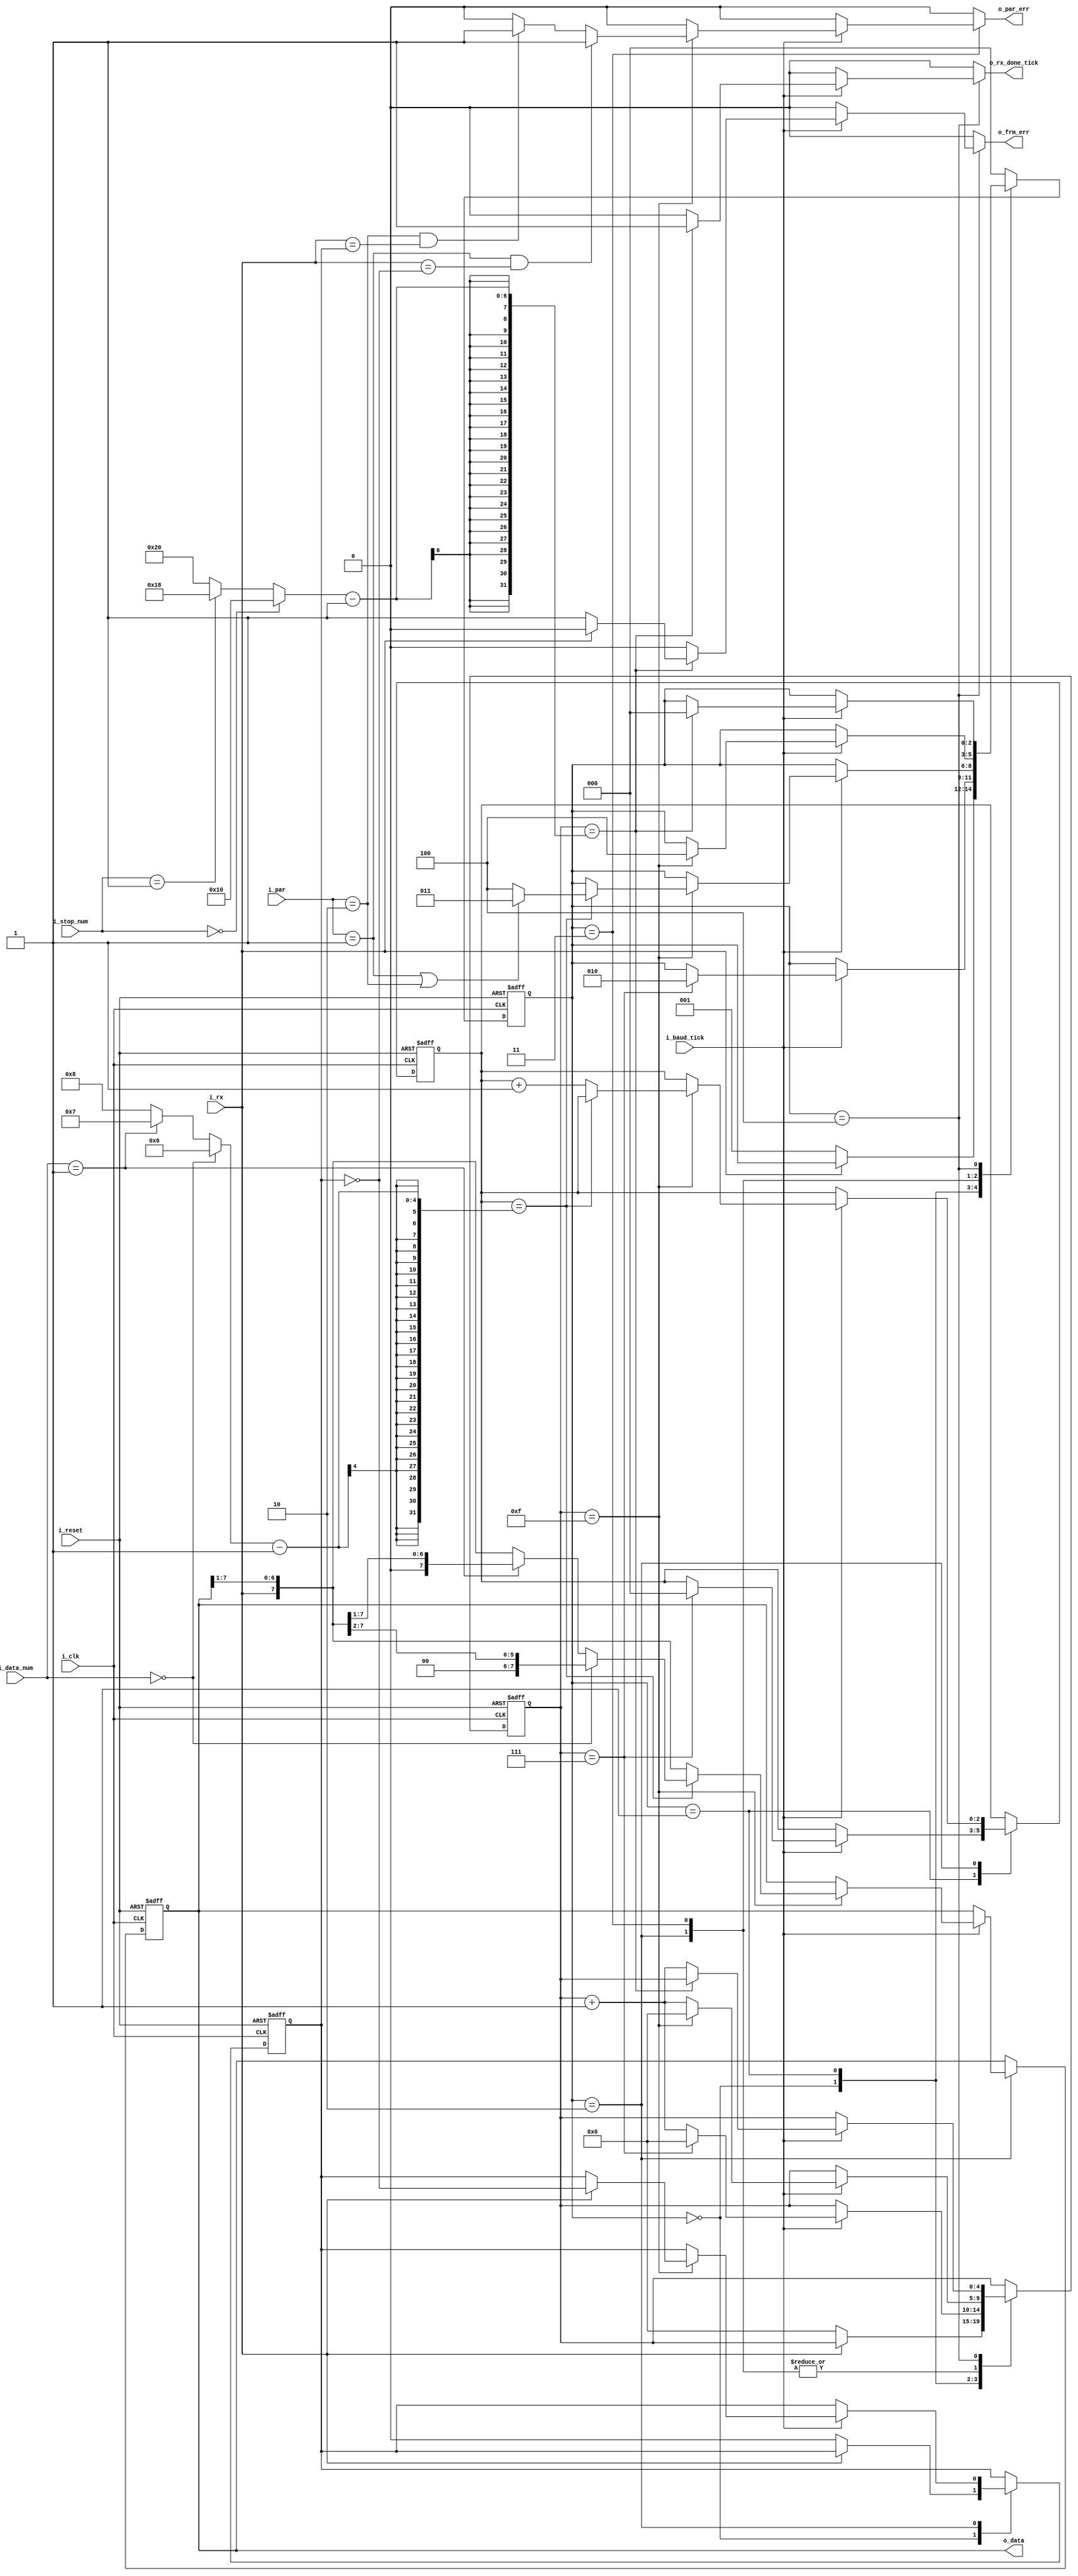
module uart_rx_full(
    input i_clk, i_reset, 
    input i_rx,                  //receive bit
    input i_baud_tick,           //enable start tick from baud rate generator. samples 16 times per bit
    input [1:0] i_data_num,      //number of data bits: 00 is 6 bits, 01 is 7 bits, 10 is 8 bits
    input [1:0] i_stop_num,      //number of stop bits: 00 is 1 bit, 01 is 1.5 bits, 10 is 2 bits
    input [1:0] i_par,           //specifies parity scheme: 00 is no parity, 01 is even parity, 10 is odd parity
    output reg  o_par_err,       //parity error active if 1
    output reg  o_frm_err,       //frame error active if 1
    output reg  o_rx_done_tick,  //tick when whole word received
    output [7:0] o_data          //output received word
    );
    
    localparam [2:0] idle   = 3'b000, 
                     start  = 3'b001, 
                     data   = 3'b010, 
                     parity = 3'b011,
                     stop   = 3'b100;
                     
    reg [2:0]      s_state_reg,  s_state_next;  //state register
    reg [4:0]      s_s_reg,      s_s_next;      //counter for baud rate ticks (samples every 16 baud ticks, or potentially more for stop bit)
    reg [2:0]      s_n_reg,      s_n_next;      //n keeps track of sampling data bit
    reg [7:0]      s_b_reg,      s_b_next;      //reg to store received data bits, max set by DBIT parameter
    reg            s_parity_reg, s_parity_next; //if 0, even number of ones. if 1, odd number of one bits received
    
    wire [3:0] s_dbit_num; //either 6, 7, or 8 data bits
    wire [5:0] s_stop_num; //either 16. 24. or 32 for 1, 1.5, or 2 stop bits
    
    always @(posedge i_clk, posedge i_reset)
        if(i_reset)
            begin
                s_state_reg  <= idle;
                s_s_reg      <= 0;
                s_n_reg      <= 0;
                s_b_reg      <= 0;
                s_parity_reg <= 0;
            end
        else
            begin
                s_state_reg   <= s_state_next;
                s_s_reg       <= s_s_next;
                s_n_reg       <= s_n_next;
                s_b_reg       <= s_b_next;
                s_parity_reg <= s_parity_next;
            end
    
    always @*
        begin
            //default assignments
            s_state_next  = s_state_reg;
            s_s_next      = s_s_reg;
            s_n_next      = s_n_reg;
            s_b_next      = s_b_reg;
            s_parity_next = s_parity_reg;
            
            o_par_err = 1'b0;
            o_frm_err = 1'b0;
            o_rx_done_tick = 1'b0;
            
            case (s_state_reg)
                idle:
                    if(~i_rx) //wait for 0 start bit
                        begin
                            s_state_next = start;
                            s_s_next = 0;
                            s_parity_next = 1'b0;
                        end
                start:
                    if(i_baud_tick) //samples 16 times per bit
                        if(s_s_reg == 7) //checks against middle sample (7/16) of start bit
                            begin
                                s_state_next = data;
                                s_s_next = 0;
                                s_n_next = 0;
                            end
                        else
                            s_s_next = s_s_reg + 1;
                data:
                    if(i_baud_tick)
                        if (s_s_reg == 15) //samples after 15 more ticks since goes from middle of start bit to middle of data bit
                            begin
                                s_s_next = 0; //reset tick counter to 0
                                s_b_next = {i_rx, s_b_reg[7:1]}; //shift received bits right since LSB received first
                                
                                if (i_rx == 1'b1) //if 1 received, alternate parity count between even and odd number of 1's
                                    s_parity_next = ~s_parity_reg;
                                    
                                if (s_n_reg == s_dbit_num - 1) //if read last data bit
                                    begin
                                        s_state_next = (i_par == 2'b01 || i_par == 2'b10) ? parity : stop; //if parity bit checked, go to parity state
                                        if(i_data_num == 2'b00) //6 data bits, shift twice right to LSB
                                            s_b_next = s_b_next >> 2;
                                        else if(i_data_num == 2'b01) //7 data bits, shift once right to LSB
                                            s_b_next = s_b_next >> 1;
                                    end
                                else
                                    s_n_next = s_n_reg + 1;
                            end
                        else
                            s_s_next = s_s_reg + 1;
                parity:
                    if(i_baud_tick)
                        if (s_s_reg == 15) //samples after 15 more ticks since goes from middle of start bit to middle of data bit
                            begin
                                s_s_next = 0; //reset tick counter to 0
                                
                                if((i_par == 2'b01) && (i_rx == ~s_parity_reg)) //if even parity and counted vs recieved parity differ, error set
                                    o_par_err = 1'b1; //set parity error to ACTIVE (1)
                                else if((i_par == 2'b10) && (i_rx == s_parity_reg)) //if odd parity and counted vs recieved parity differ, error set
                                    o_par_err = 1'b1;
                                    
                                s_state_next = stop;
                            end
                        else
                            s_s_next = s_s_reg + 1;
                stop:
                    if(i_baud_tick)
                        if(s_s_reg == (s_stop_num - 1)) //monitors stop bit after 16, 24, or 32 ticks to read in middle
                            begin
                                if(~i_rx) //if stop bit not 1, frame error detected (not at end of transmit)
                                    o_frm_err = 1'b1;
                                
                                s_state_next = idle;
                                o_rx_done_tick = 1'b1;
                            end
                        else
                            s_s_next = s_s_reg + 1;
                default: s_state_next = idle;
            endcase
        end
    
    //data functions
    assign s_dbit_num = (i_data_num == 2'b00) ? 6 : //6 data bits if 00
                        (i_data_num == 2'b01) ? 7 : //7 data bits if 01
                                                8;  //else, 8 data bits if 10 (or 11)
                                         
    assign s_stop_num = (i_stop_num == 2'b00) ? 16 : //1 stop bit
                        (i_stop_num == 2'b01) ? 24 : //1.5 stop bit
                                                32;  //2 stop bit
    
    //output data
    assign o_data = s_b_reg;
        
endmodule